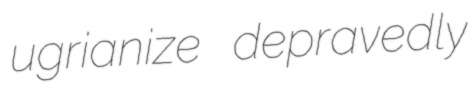
ugrianize depravedly